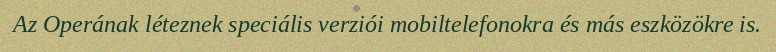
Az Operának léteznek speciális verziói mobiltelefonokra és más eszközökre is.